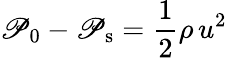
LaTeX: \mathscr{P}_{0}-\mathscr{P}_{\mathrm{{s}}}={\frac{{1}}{{2}}}\rho\, u^{2}